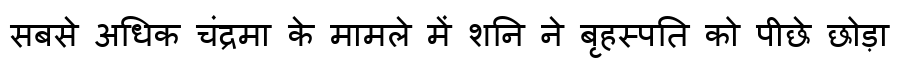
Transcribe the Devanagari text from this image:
सबसे अधिक चंद्रमा के मामले में शनि ने बृहस्पति को पीछे छोड़ा